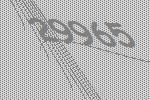
29965